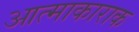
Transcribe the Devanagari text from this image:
आत्माकाराक